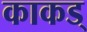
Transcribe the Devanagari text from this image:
काकड्